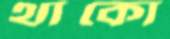
থাকো